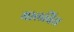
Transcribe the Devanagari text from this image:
मालबिस